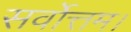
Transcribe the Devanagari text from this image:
सर्वोत्तम।